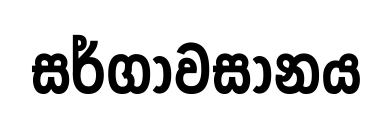
සර්ගාවසානය